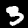
Label: 3